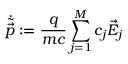
\displaystyle { \dot { \tilde { \vec { p } } } : = \frac { q } { m c } \sum _ { j = 1 } ^ { M } c _ { j } \vec { E } _ { j } }